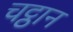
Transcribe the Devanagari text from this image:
चट्ठान